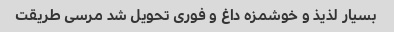
بسیار لذیذ و خوشمزه داغ و فوری تحویل شد مرسی طریقت